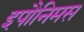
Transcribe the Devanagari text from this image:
इपौनिमस